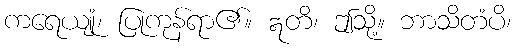
ကရေယျုံ၊ ပြုကုန်ရာ၏။ ဣတိ၊ ဤသို့။ ဘာသိတံပိ၊